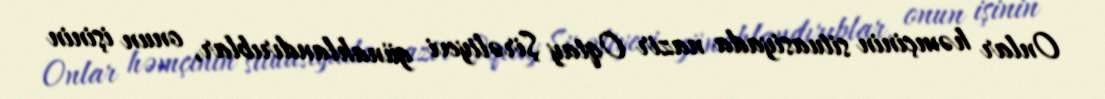
Onlar həmçinin situasiyada nazir Oqtay Şirəliyevi günahlandırıblar, onun işinin